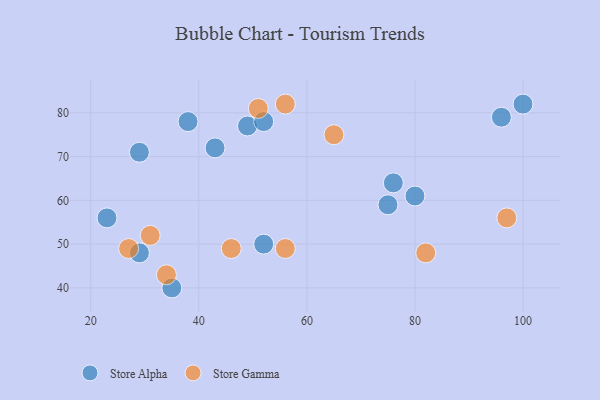
{"axis": {"x": "GDP", "y": "Life Expectancy"}, "legend": ["Store Alpha", "Store Gamma"], "data": [{"x": "52", "y": 50, "type": "Store Alpha"}, {"x": "80", "y": 61, "type": "Store Alpha"}, {"x": "29", "y": 48, "type": "Store Alpha"}, {"x": "100", "y": 82, "type": "Store Alpha"}, {"x": "43", "y": 72, "type": "Store Alpha"}, {"x": "96", "y": 79, "type": "Store Alpha"}, {"x": "49", "y": 77, "type": "Store Alpha"}, {"x": "75", "y": 59, "type": "Store Alpha"}, {"x": "52", "y": 78, "type": "Store Alpha"}, {"x": "23", "y": 56, "type": "Store Alpha"}, {"x": "35", "y": 40, "type": "Store Alpha"}, {"x": "76", "y": 64, "type": "Store Alpha"}, {"x": "29", "y": 71, "type": "Store Alpha"}, {"x": "38", "y": 78, "type": "Store Alpha"}, {"x": "27", "y": 49, "type": "Store Gamma"}, {"x": "65", "y": 75, "type": "Store Gamma"}, {"x": "56", "y": 82, "type": "Store Gamma"}, {"x": "51", "y": 81, "type": "Store Gamma"}, {"x": "46", "y": 49, "type": "Store Gamma"}, {"x": "31", "y": 52, "type": "Store Gamma"}, {"x": "97", "y": 56, "type": "Store Gamma"}, {"x": "56", "y": 49, "type": "Store Gamma"}, {"x": "34", "y": 43, "type": "Store Gamma"}, {"x": "82", "y": 48, "type": "Store Gamma"}]}